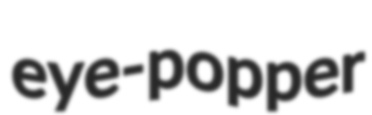
eye-popper